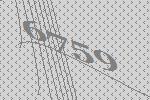
6759